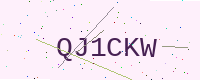
Text: QJ1CKW